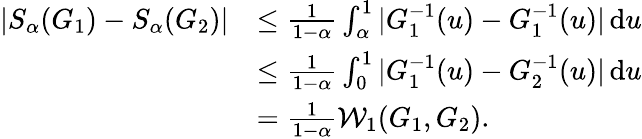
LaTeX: \begin{array}{rl}{|S_{\alpha}(G_{1})-S_{\alpha}(G_{2})|}&{\leq\frac{1}{1-\alpha}\int_{\alpha}^{1}|G_{1}^{-1}(u)-G_{1}^{-1}(u)|\, \mathrm{d}u}\\ &{\leq\frac{1}{1-\alpha}\int_{0}^{1}|G_{1}^{-1}(u)-G_{2}^{-1}(u)|\, \mathrm{d}u}\\ &{=\frac{1}{1-\alpha}\mathcal{W}_{1}(G_{1},G_{2}).}\end{array}